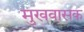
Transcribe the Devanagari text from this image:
मुखवासक